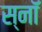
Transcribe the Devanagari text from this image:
स्नॉ